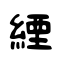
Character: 緸